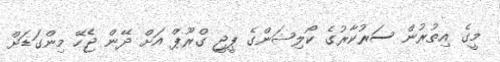
މީގެ އިތުރުން ސަރުކާރުގެ ކޯލިޝަންގެ ޕީޖީ ގްރޫޕް އަށް ދޭން ޖެހޭ މިންގަޑަށް